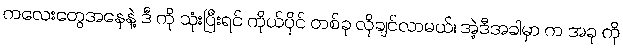
ကလေးတွေအနေနဲ့ ဒီ ကို သုံးပြီးရင် ကိုယ်ပိုင် တစ်ခု လိုချင်လာမယ်၊ အဲ့ဒီအခါမှာ က အခု ကို